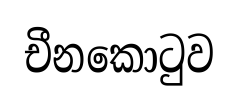
චීනකොටුව